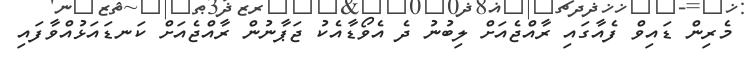
މެރިން ޑައިވް ފެއާގައި ރާއްޖެއަށް ލިބުނު ދެ އެވޯޑާއެކު ޖަޕާނުން ރާއްޖެއަށް ކަނޑައަޅުއްވާފައި